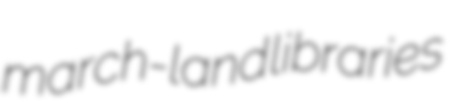
march-land libraries